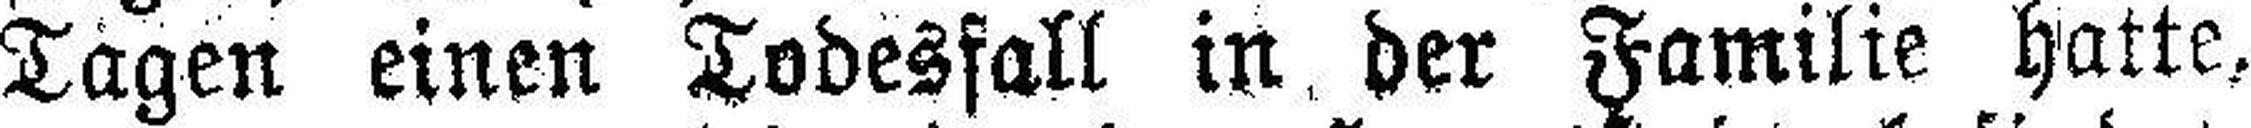
Tagen einen Todesfall in der Familie hatte,